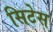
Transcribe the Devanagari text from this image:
सिटेस